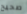
صحيح